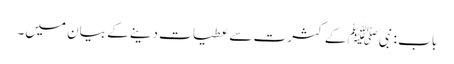
باب : نبیﷺ کے کثرت سے عطیات دینے کے بیان میں۔